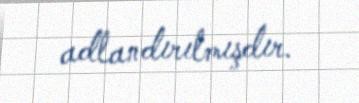
adlandırılmışdır.